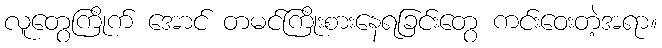
လူတွေကြိုက် အောင် တမင်ကြိုးစားနေရခြင်းတွေ ကင်းဝေးတဲ့အရာ။